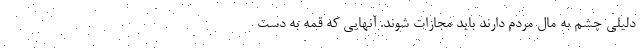
دلیلی چشم به مال مردم دارند باید مجازات شوند. آنهایی که قمه به دست